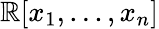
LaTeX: \mathbb{R}[x_{1},...,x_{n}]